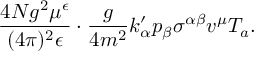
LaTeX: { \frac { 4 N g ^ { 2 } \mu ^ { \epsilon } } { ( 4 \pi ) ^ { 2 } \epsilon } } \cdot { \frac { g } { 4 m ^ { 2 } } } k _ { \alpha } ^ { \prime } p _ { \beta } \sigma ^ { \alpha \beta } v ^ { \mu } T _ { a } .